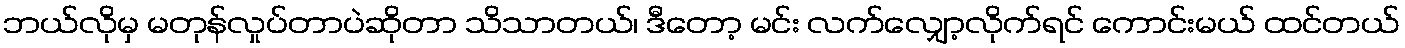
ဘယ်လိုမှ မတုန်လှုပ်တာပဲဆိုတာ သိသာတယ်၊ ဒီတော့ မင်း လက်လျှော့လိုက်ရင် ကောင်းမယ် ထင်တယ်